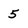
Character: 5